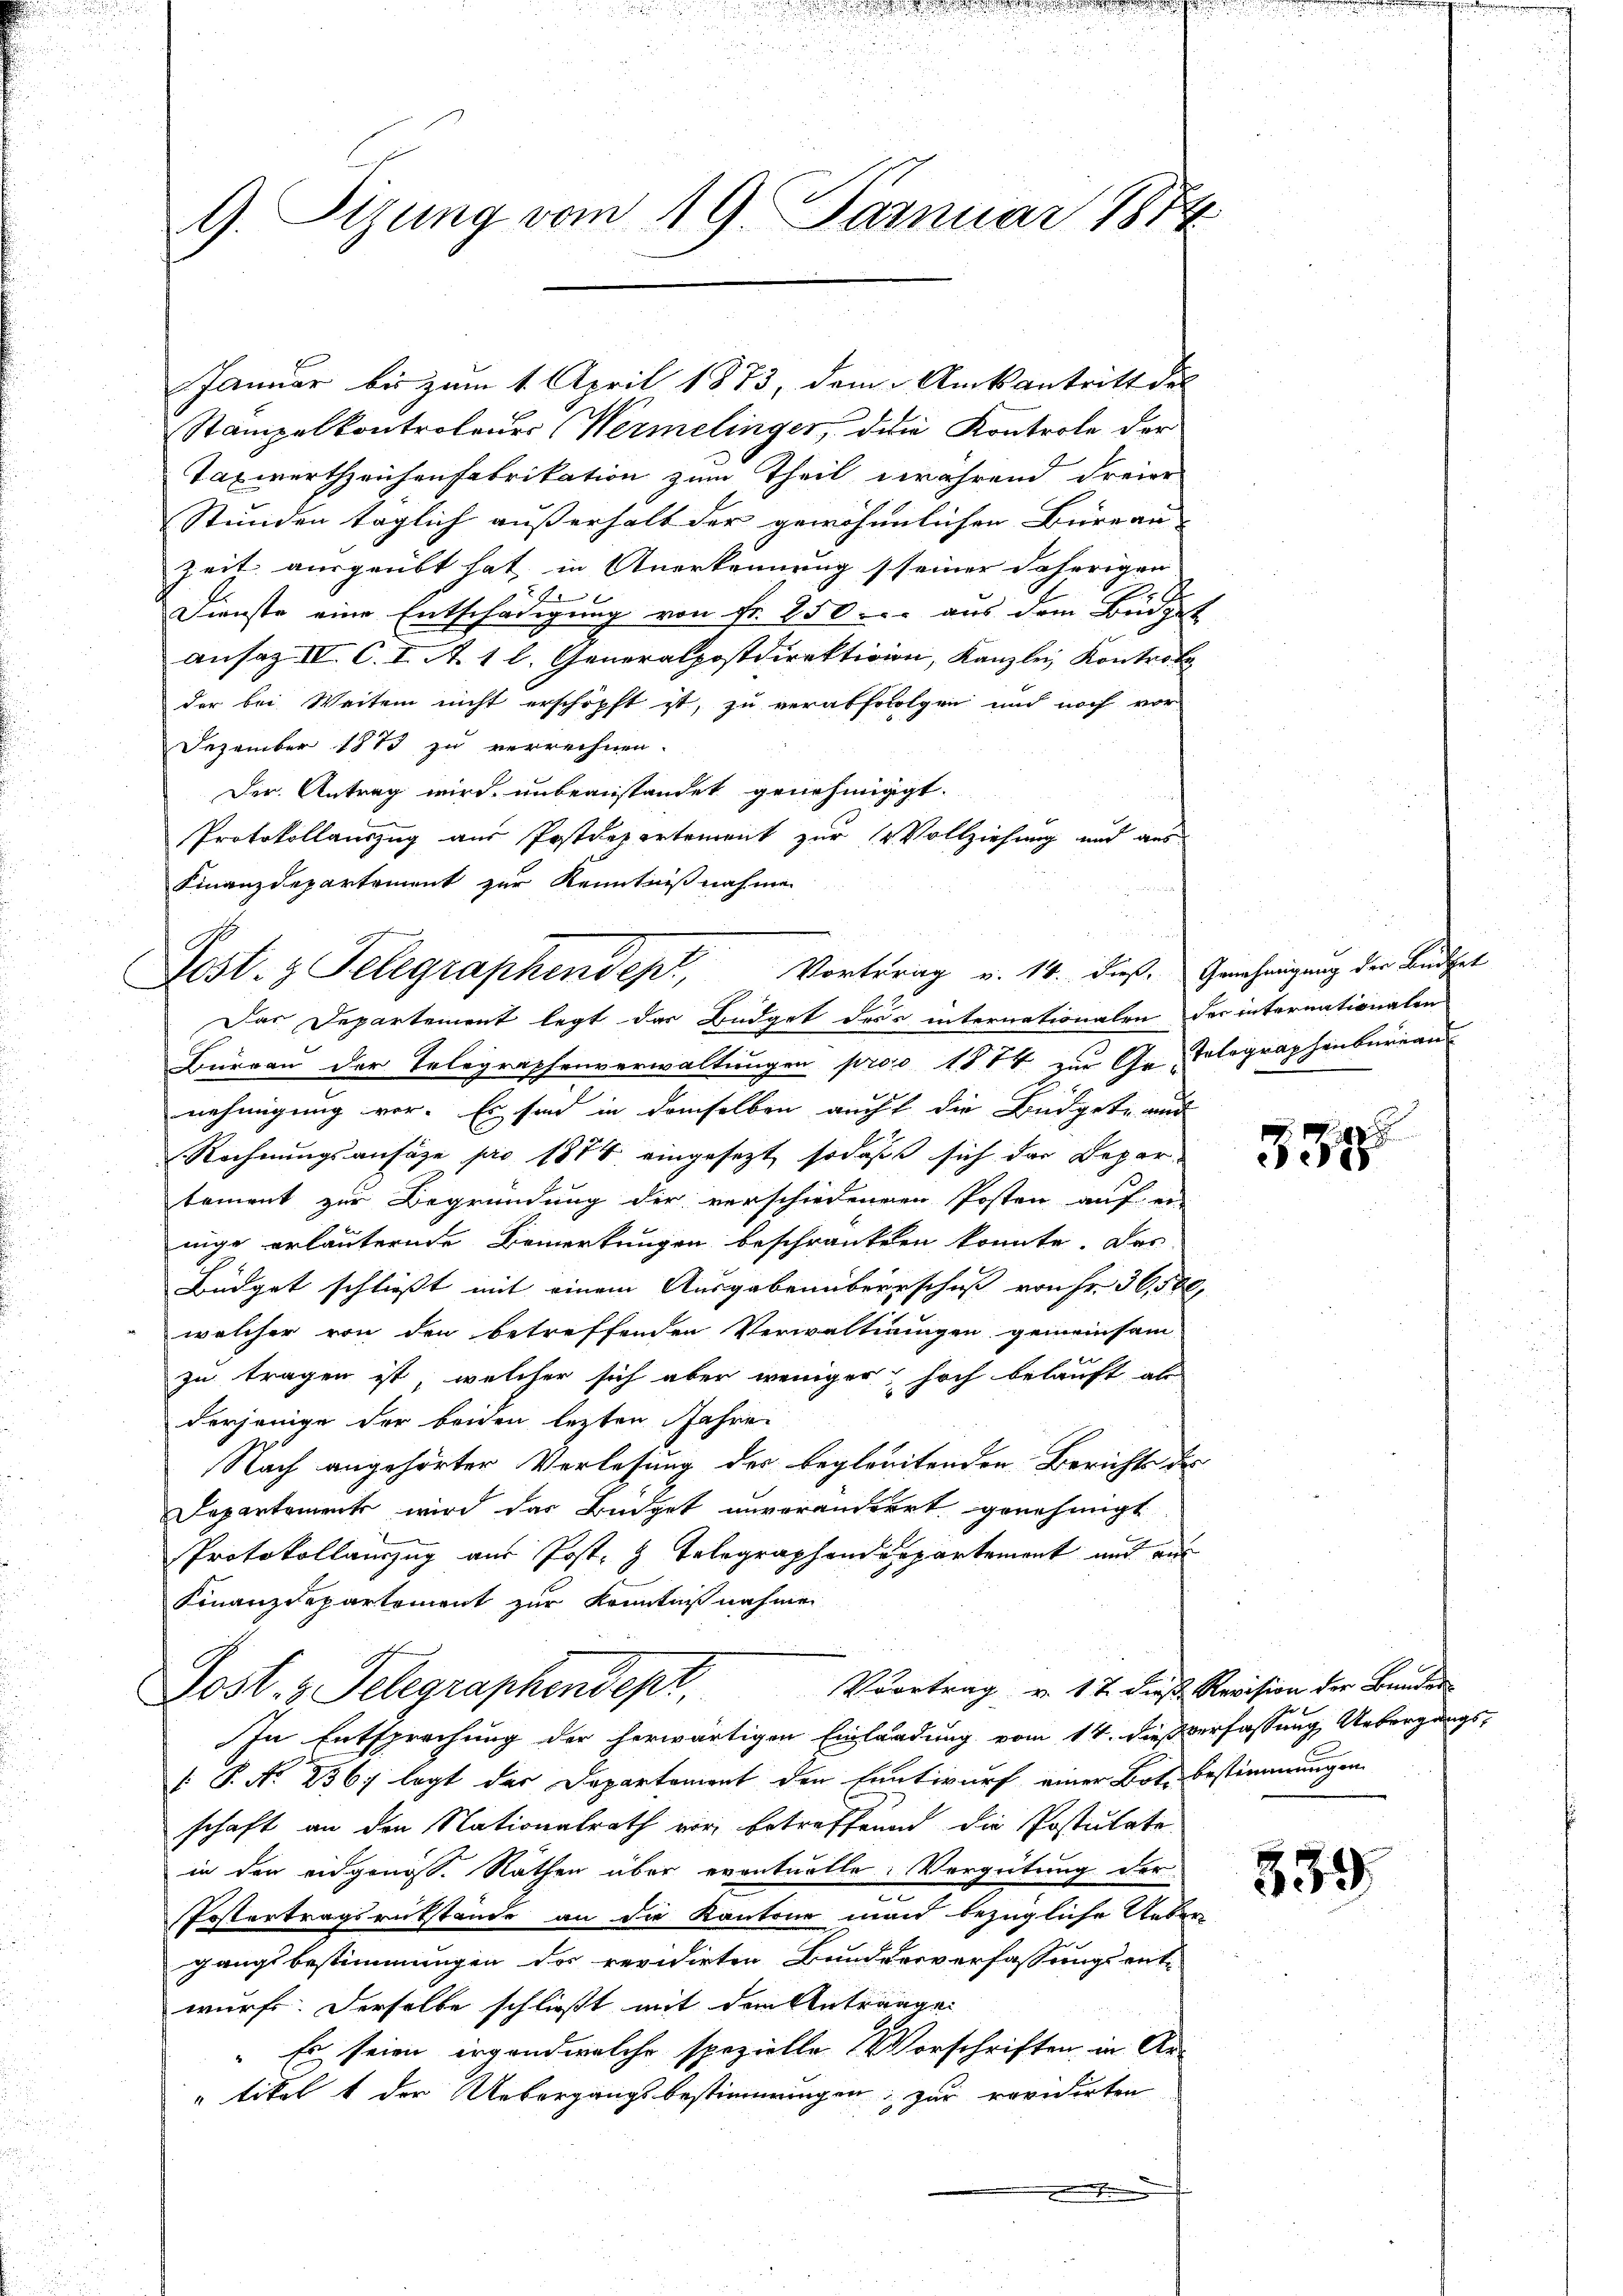
9. Sizung vom 19. Januar 1874

Stampelkontroleuer (Wermelinger, die Kontrole der
Taxwertheichenfabrikation zum Theil während Freier
Stunden täglich außerhalt der gewöhnlichen Büreau-
Zeit ausgeübt hat in Anerkennung (seiner daherigen
.
Dienste eine Entschädigung von Fr. 850 aus dem Büdget
ansaz IV. C. I. A. 1 l. Generalpostdirektivin, Kanzlei Kontrole
der bei Weiten nicht erschöpft ist, zu verabfolgen und noch vor
Dezember 1873 zu verrechnen.
Der Antrag wird unbeanstandet genehmiggt.
Protokollauszug aus Postdepartement zur 1 Vollziehung und aus
Finanzdepartement zur Kenntnißnahmen

Post. z. Telegraphenden Vortrag u. 14. Fuß.
Das Departement legt das Büdget dess internationalen der internationalen

Januar bis zum 1. April 1873, dem Amtsantritt des

Büreau der Telegraphenverwaltungen proo 1874 zur Ge-Telegraphenbureau
nehmigung vor. Er sind in demselben auch die Büdget auch
Rechnungsansage pro 1876 eingesezt sodaß sich der Departement zur Begründung der verschiedenen Posten auf er-
nige erläuternde Bemerkungen beschränkten konnte. Das
Büdget schliesst mit einem Ausgabenberrschuß von Fr. 3650
welcher von den betreffenden Verwaltingen gemeinsam
zu tragen ist, welcher sich aber weniger hoch belauft als
E
derjenige der beiden letzten Jahre
Nach angehörter Verlesung der begleitenden Berichts d
Departements wird das Büdget unverändert genehmigt
Protokollauszug aus Post- & Telegraphendepartement und ein
Finanzdepartement zur Kenntnißnahmen
Vvortrag v. 17 diese Revision der Banden
Post. 3. Telegraphendepr
In Entsprechung der herwärtigen Einladung vom 14. dieß verfassung Uebergangs¬
[ P. No 2567 legt der Departement den Entwurf einer Bote Bestimmungen
schaft an den Nationalrath vor betreffend die Postulate
in den eidgenöss. Räthen über eventuelle: Vergütung der
Postertragsrükstände an die Kantone man bezügliche Uebe
gangsbestimmungen des revidirten Bunderverfassungsent-
wurfe. Derselbe schließt mit dem Antragge
" Es seien irgend welche spezielle Vorschriften, in An¬
"tikelt der Uebergangsbestimmungen, zur revidirten
.

Genehmigung der Bundet

3348

339.